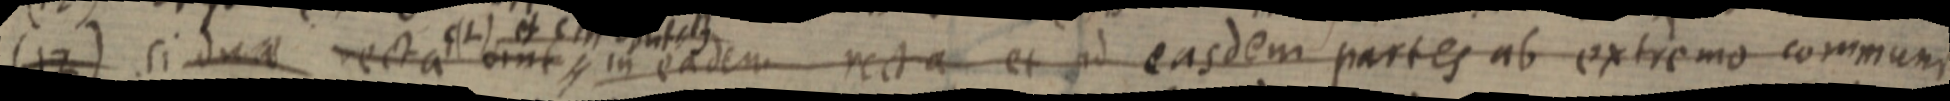
(12) si duae recta lome in eadem recta et ad easdem partes ab extremo communi